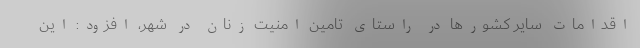
اقدامات سایر کشورها در راستای تامین امنیت زنان در شهر، افزود: این